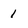
Character: 1